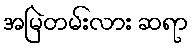
အမြဲတမ်းလား ဆရာ